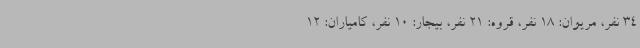
34 نفر، مریوان: 18 نفر، قروه: 21 نفر، بیجار: 10 نفر، کامیاران: 12